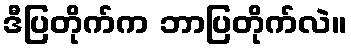
ဒီပြတိုက်က ဘာပြတိုက်လဲ။